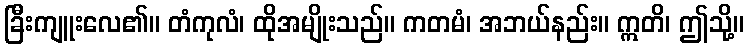
ခြီးကျူးလေ၏။ တံကုလံ၊ ထိုအမျိုးသည်။ ကတမံ၊ အဘယ်နည်း။ ဣတိ၊ ဤသို့။